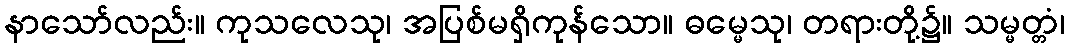
နာသော်လည်း။ ကုသလေသု၊ အပြစ်မရှိကုန်သော။ ဓမ္မေသု၊ တရားတို့၌။ သမ္မတ္တံ၊